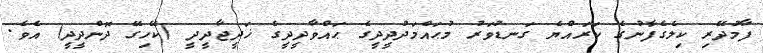
ފާމުދޭރި ކިލެގެފާނުގެ ކަރައްޔެ ގަނޑުވަރު މުޙައްމަދުދީދީގެ ޙައްވާދީދީގެ ޚަދީޖާދީދީ (ކޭހިގޭ ދޮންދީދީ) އެވެ.